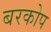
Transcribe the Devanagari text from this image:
बरकोप